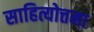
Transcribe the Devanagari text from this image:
साहित्योत्तमा